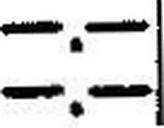
—.—